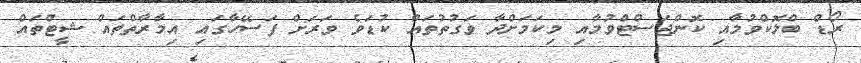
ރޯޑް ބްލޮކްވުމާއި ކޮންޖަސްޓްވުމާއި މިކަމަށްދާ ވަގުތުތައް ކުޑަވެ ވަރަށް ފަސޭހާގައި އިމާރާތްތައް ޝީޓްތައް